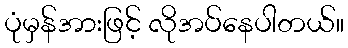
ပုံမှန်အားဖြင့် လိုအပ်နေပါတယ်။